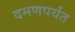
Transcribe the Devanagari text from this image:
दमणपर्यंत